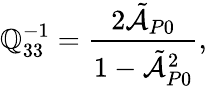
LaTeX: \mathbb{Q}_{33}^{-1}=\frac{{2\tilde{{\mathcal{{A}}}}_{P0}}}{{1-\tilde{{\mathcal{{A}}}}_{P0}^{2}}},